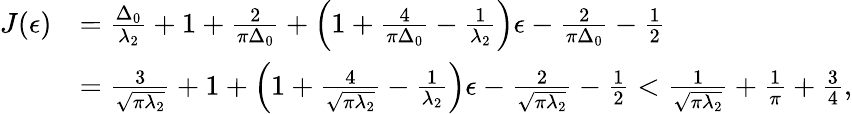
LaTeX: \begin{array}{rl}{J(\epsilon)}&{=\frac{\Delta_{0}}{\lambda_{2}}+1+\frac{2}{\pi\Delta_{0}}+\left(1+\frac{4}{\pi\Delta_{0}}-\frac{1}{\lambda_{2}}\right)\epsilon-\frac{2}{\pi\Delta_{0}}-\frac{1}{2}}\\ &{=\frac{3}{\sqrt{\pi\lambda_{2}}}+1+\left(1+\frac{4}{\sqrt{\pi\lambda_{2}}}-\frac{1}{\lambda_{2}}\right)\epsilon-\frac{2}{\sqrt{\pi\lambda_{2}}}-\frac{1}{2}<\frac{1}{\sqrt{\pi\lambda_{2}}}+\frac{1}{\pi}+\frac{3}{4},}\end{array}